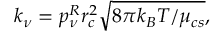
k _ { \nu } = p _ { \nu } ^ { R } r _ { c } ^ { 2 } \sqrt { 8 \pi k _ { B } T / \mu _ { c s } } ,